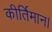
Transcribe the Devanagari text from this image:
कीर्तिमान।